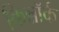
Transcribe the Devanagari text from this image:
किन्नॉर्क